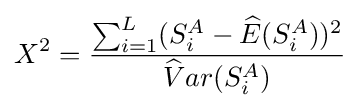
X^{2}={\frac {\sum _{i=1}^{L}(S_{i}^{A}-{\widehat {E}}(S_{i}^{A}))^{2}}{{\widehat {V}}ar(S_{i}^{A})}}